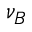
\nu _ { B }